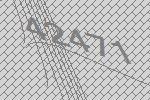
42471